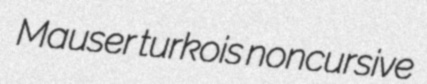
Mauser turkois noncursive